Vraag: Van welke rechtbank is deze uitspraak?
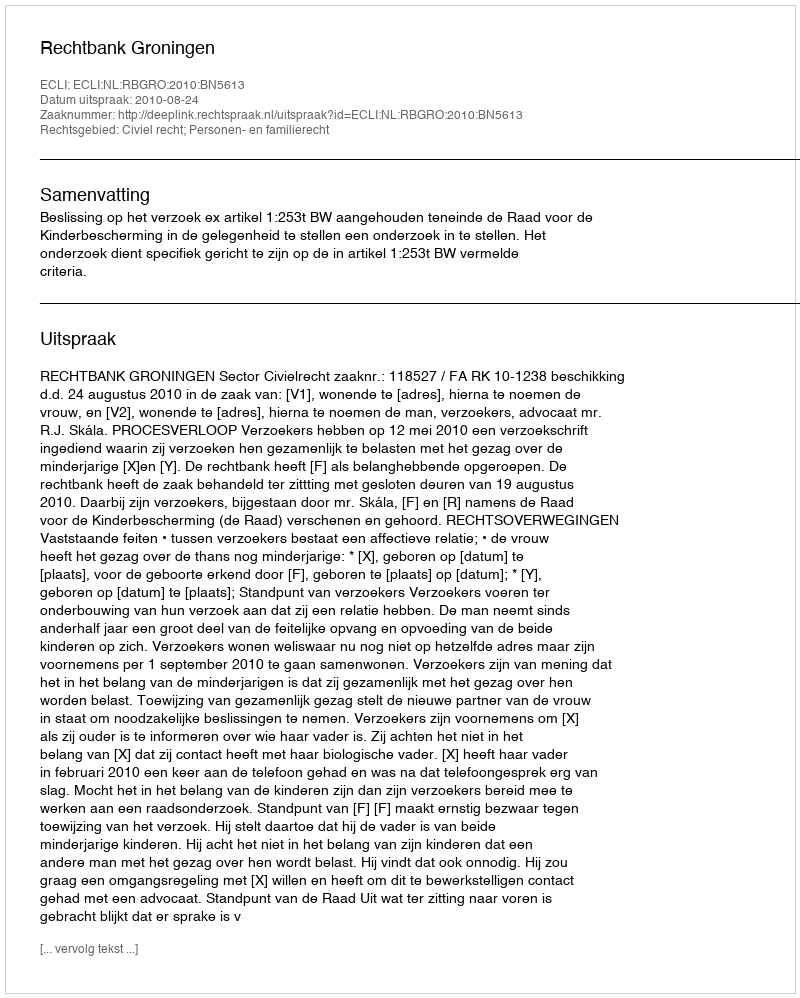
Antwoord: Rechtbank Groningen